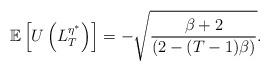
LaTeX: \begin{align*}\mathbb{E}\left[U\left(L_T^{{\eta}^*}\right)\right]=-\sqrt{\frac{\beta+2}{\left(2-(T-1)\beta\right)}}.\end{align*}